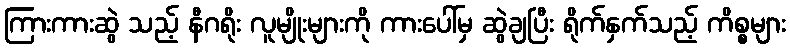
ကြားကားဆွဲ သည့် နီဂရိုး လူမျိုးများကို ကားပေါ်မှ ဆွဲချပြီး ရိုက်နှက်သည့် ကိစ္စများ